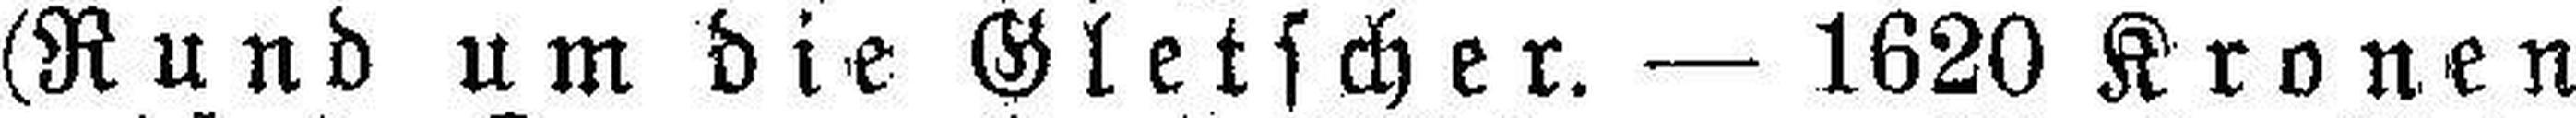
(Rund um die Gletscher. — 1620 Kronen